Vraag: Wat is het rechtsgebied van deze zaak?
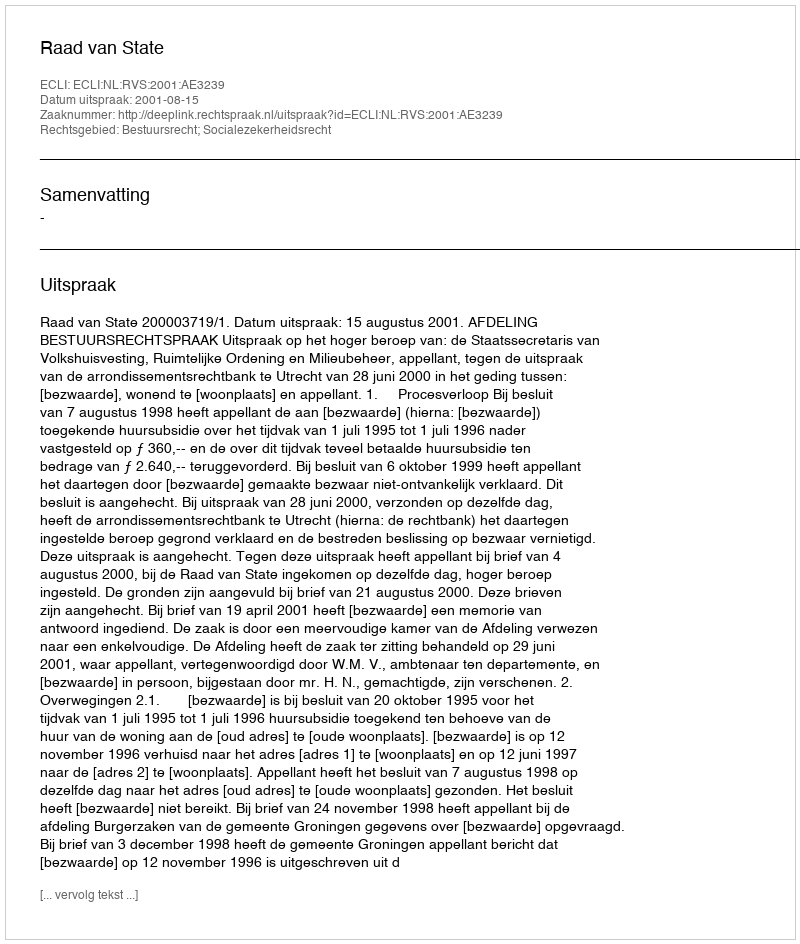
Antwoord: Bestuursrecht; Socialezekerheidsrecht